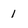
Character: 1